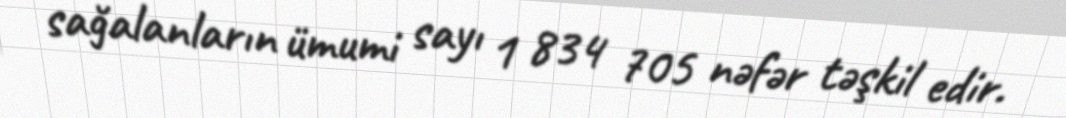
sağalanların ümumi sayı 1 834 705 nəfər təşkil edir.